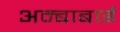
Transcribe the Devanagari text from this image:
अम्बाबाई